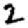
Digit: 2